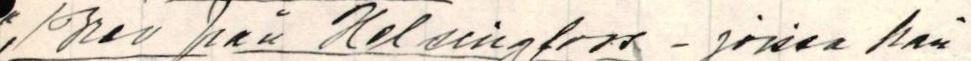
;/Brev från Helsingfors - joissa hän